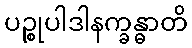
ပဉ္စုပါဒါနက္ခန္ဓာတိ